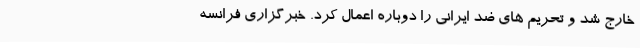
خارج شد و تحریم های ضد ایرانی را دوباره اعمال کرد. خبرگزاری فرانسه